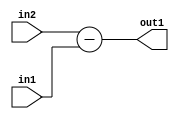
`timescale 1ps / 1ps
/*****************************************************************************
    Verilog RTL Description
    
    
    Created by: Stratus DpOpt 2019.1.01 
*******************************************************************************/

module fix2float_Sub_8Sx8U_8S_1 (
	in2,
	in1,
	out1
	); /* architecture "behavioural" */ 
input [7:0] in2,
	in1;
output [7:0] out1;
wire [7:0] asc001;

assign asc001 = 
	+(in2)
	-(in1);

assign out1 = asc001;
endmodule

/* CADENCE  urjwSw4= : u9/ySgnWtBlWxVPRXgAZ4Og= ** DO NOT EDIT THIS LINE ******/